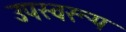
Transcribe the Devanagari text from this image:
उपस्वरूप